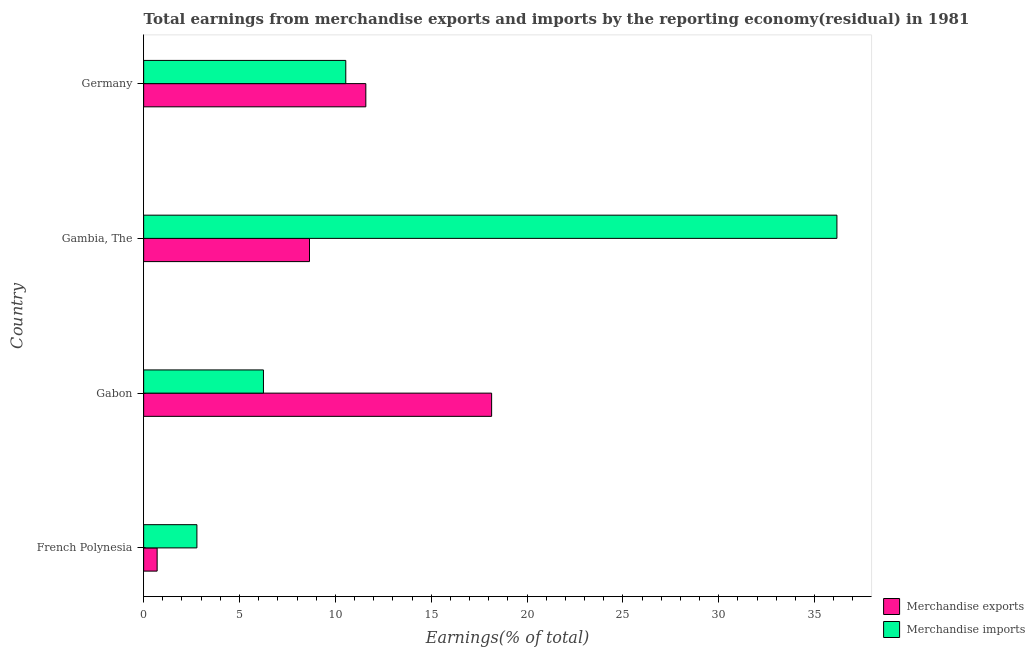
| Country | Merchandise exports | Merchandise imports |
 | --- | --- | --- |
 | French Polynesia | 0.704 | 2.78 |
 | Gabon | 18.2 | 6.25 |
 | Gambia, The | 8.65 | 36.2 |
 | Germany | 11.6 | 10.5 |